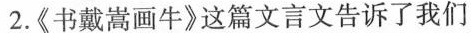
2.《书戴嵩画牛》这篇文言文告诉了我们